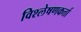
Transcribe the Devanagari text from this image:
विश्लेषणकर्त्ता